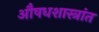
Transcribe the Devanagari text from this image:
औषधशास्त्रांत